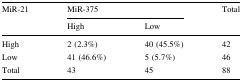
<table><thead><tr><td rowspan="2"><b>MiR-21</b></td><td colspan="2"><b>MiR-375</b></td><td rowspan="2"><b>Total</b></td></tr><tr><td><b>High</b></td><td><b>Low</b></td></tr></thead><tbody><tr><td>High</td><td>2 (2.3%)</td><td>40 (45.5%)</td><td>42</td></tr><tr><td>Low</td><td>41 (46.6%)</td><td>5 (5.7%)</td><td>46</td></tr><tr><td>Total</td><td>43</td><td>45</td><td>88</td></tr></tbody></table>